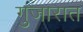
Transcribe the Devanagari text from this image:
गुजारात